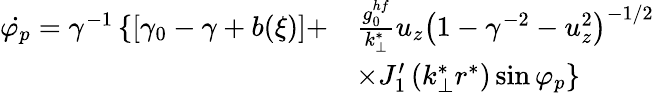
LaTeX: \begin{array}{rl}{\dot{\varphi_{p}}=\gamma^{-1}\left\{ \left[\gamma_{0}-\gamma+b(\xi)\right]+\right.}&{\frac{g_{0}^{hf}}{k_{\perp}^{*}}u_{z}\left(1-\gamma^{-2}-u_{z}^{2}\right)^{-1/2}}\\ &{\left.\times J_{1}^{\prime}\left(k_{\perp}^{*}r^{*}\right)\sin\varphi_{p}\right\} }\end{array}